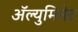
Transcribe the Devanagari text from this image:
ॲल्युमिनेट